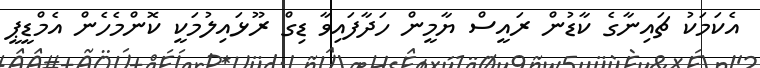
އެކަމަކު ޗައިނާގެ ކާޑުން ރައީސް ޔާމީން ހަދާފައިވާ ޑިގް ރޫޅައިލުމަކީ ކޮންމެހެން އެމްޑީޕީ